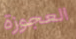
العجوزة